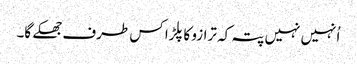
اُنہیں نہیں پتہ کہ ترازو کا پلڑا کس طرف جھکے گا۔